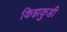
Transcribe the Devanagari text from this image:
किझकुडी